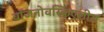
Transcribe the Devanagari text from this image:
वॉजनोवस्किएलीस